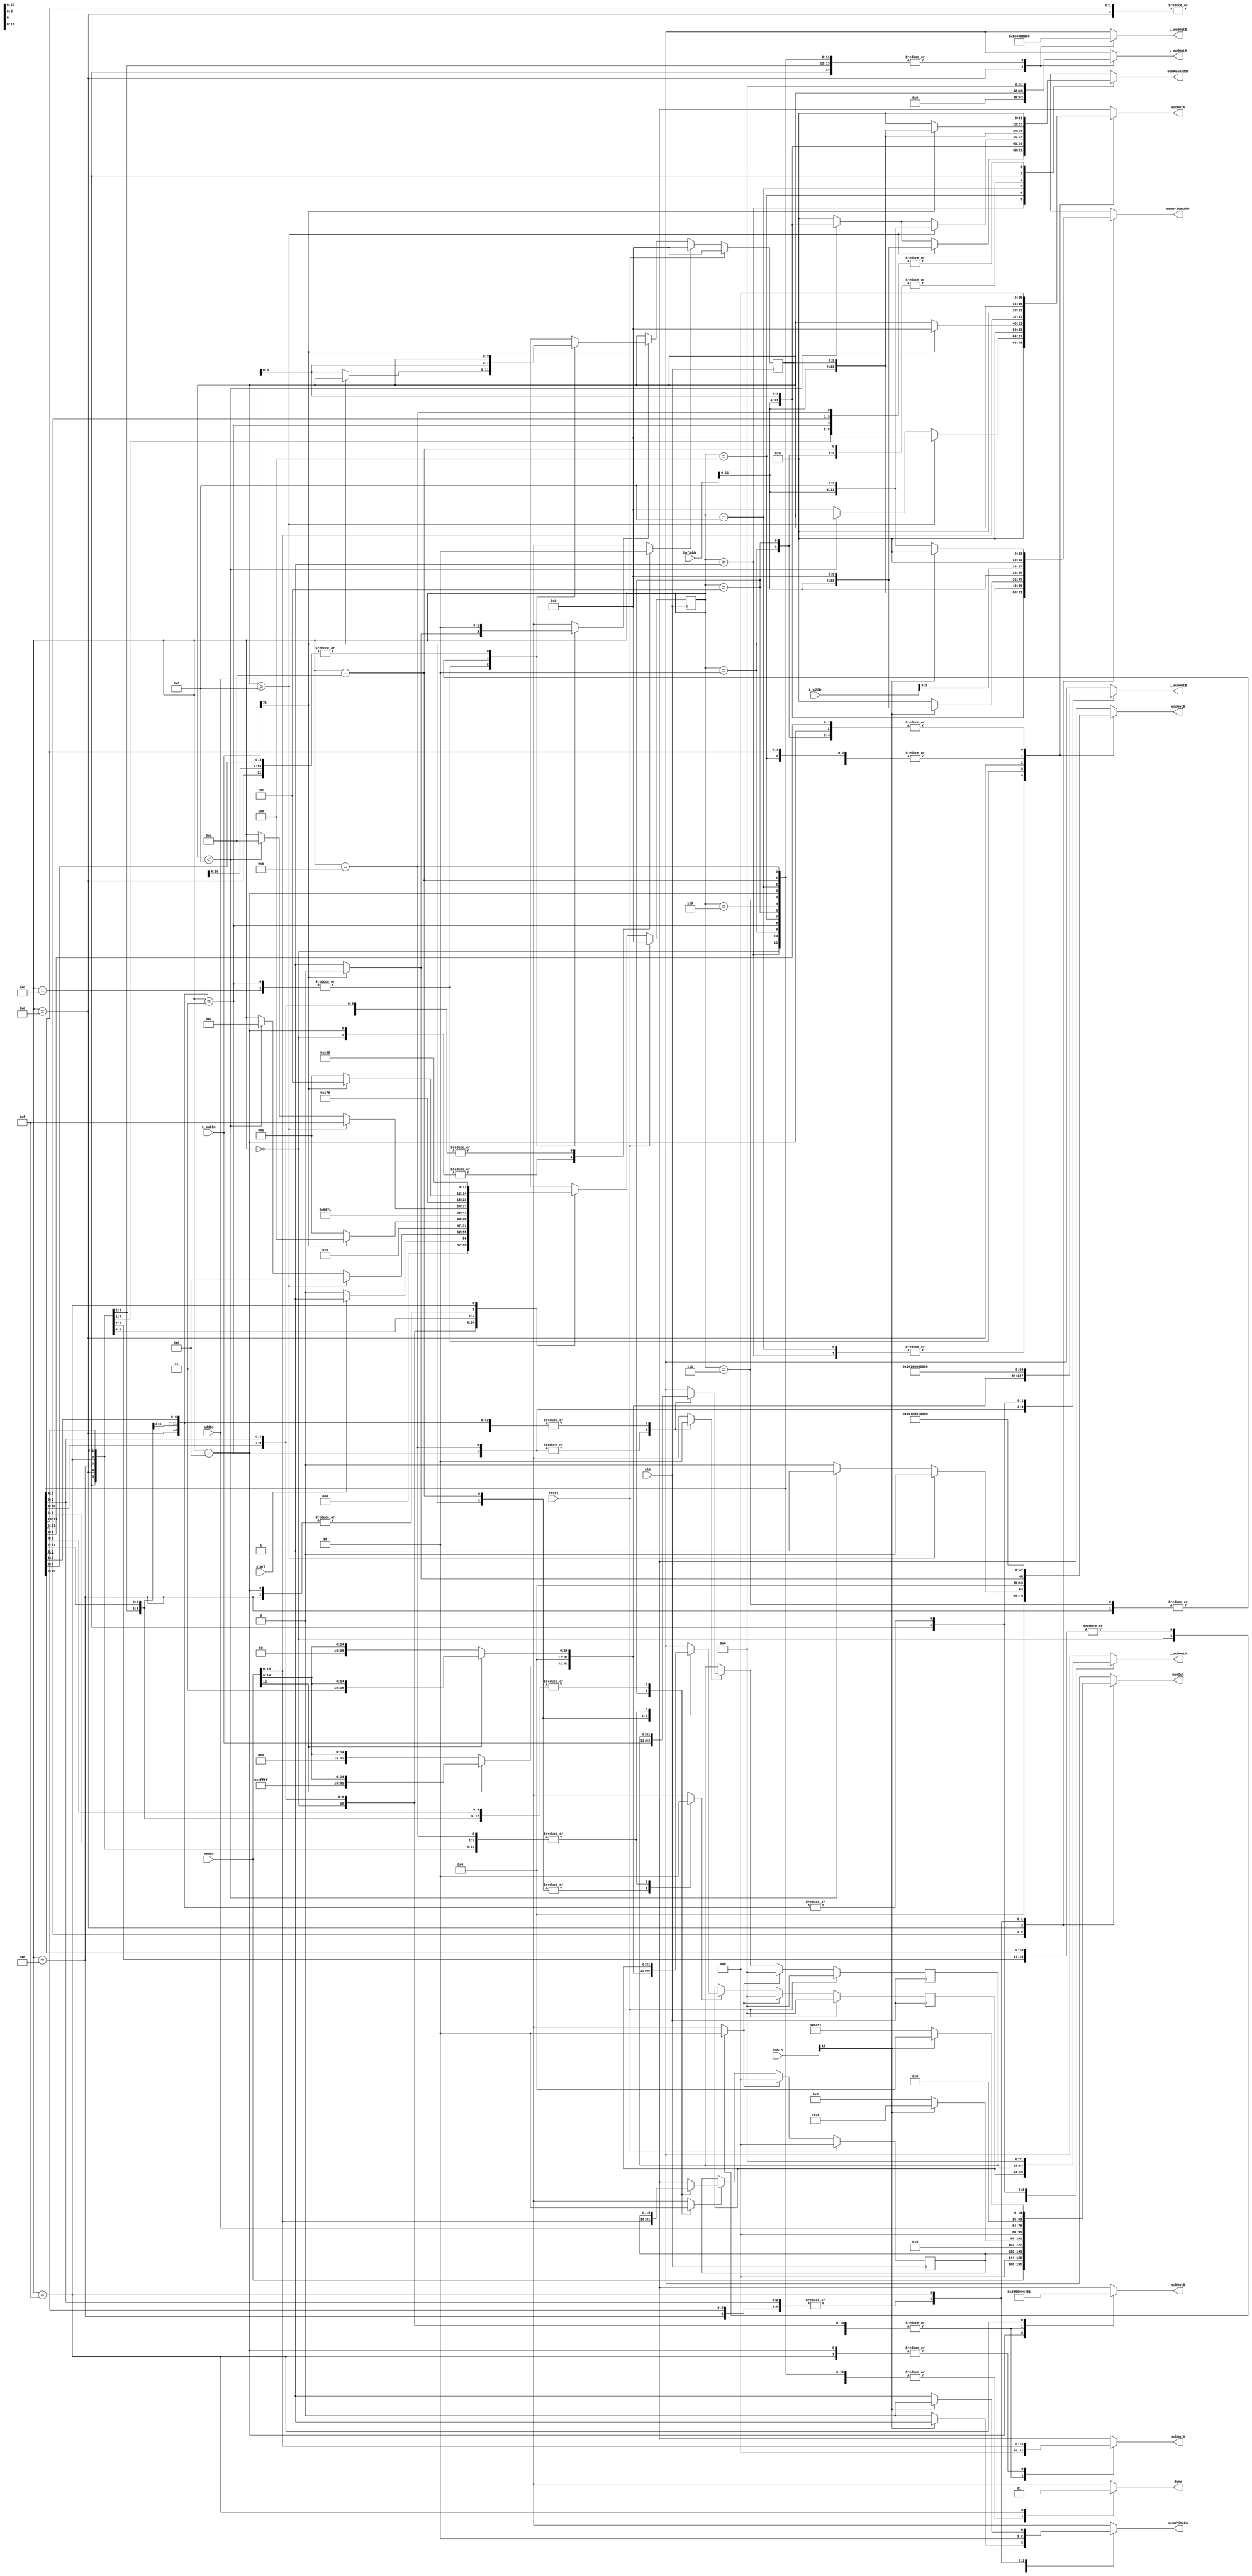
`timescale 1ns / 1ps
//////////////////////////////////////////////////////////////////////////////////
// Mississippi State University 
// ECE 4532-4542 Senior Design
// 
// Module Name:    Lsp_stability_FSM  .v 
// Project Name: 	 ITU G.729 Hardware Implementation
// Target Devices: Virtex 5
// Tool versions:  Xilinx 9.2i
// Description: 	 This is an FSM to perform the C-model function "Lsp_stability".
// 
// Dependencies: 	 N/A
//
// Revision: 
// Revision 0.01 - File Created
// Additional Comments: 
//
//////////////////////////////////////////////////////////////////////////////////
module Lsp_stability_FSM(clk,reset,start,bufAddr,addIn,subIn,L_addIn,L_subIn,memIn,
								 addOutA,addOutB,subOutA,subOutB,L_addOutA,L_addOutB,L_subOutA,L_subOutB,
								 memReadAddr,memWriteAddr,memOut,memWriteEn,done);

//Inputs
input clk,reset,start;
input [11:0] bufAddr;
input [15:0] addIn;
input [15:0] subIn;
input [31:0] L_addIn;
input [31:0] L_subIn;
input [31:0] memIn;

//Outputs
output reg [15:0] addOutA,addOutB;
output reg [15:0] subOutA,subOutB;
output reg [31:0] L_addOutA,L_addOutB;
output reg [31:0] L_subOutA,L_subOutB;
output reg [11:0] memReadAddr;
output reg [11:0] memWriteAddr;
output reg [31:0] memOut;
output reg memWriteEn;
output reg done;

//temp regs
reg [3:0] state, nextstate;
reg [3:0] j,nextj;
reg jLD,jReset;
reg [15:0] temp, nexttemp;
reg tempLD,tempReset;
reg [31:0] L_diff,nextL_diff;
reg L_diffLD,L_diffReset;
reg [31:0] L_acc,nextL_acc;
reg L_accLD,L_accReset;
reg [31:0] L_accB,nextL_accB;
reg L_accBLD,L_accBReset;

//state parameters
parameter INIT = 4'd0;
parameter FOR_LOOP1 = 4'd1;
parameter FOR_LOOP1_BODY1 = 4'd2;
parameter FOR_LOOP1_BODY2 = 4'd3;
parameter FOR_LOOP1_BODY3 = 4'd4;
parameter FOR_LOOP1_BODY4 = 4'd5;
parameter FOR_LOOP1_BODY5 = 4'd6;
parameter FOR_LOOP1_BODY6 = 4'd7;
parameter STABILITY_LOW = 4'd8;
parameter FOR_LOOP2 = 4'd9;
parameter FOR_LOOP2_BODY1 = 4'd10;
parameter FOR_LOOP2_BODY2 = 4'd11;
parameter FOR_LOOP2_BODY3 = 4'd12;
parameter FOR_LOOP2_BODY4 = 4'd13;
parameter FOR_LOOP2_BODY5 = 4'd14;
parameter STABILITY_HIGH = 4'd15;

//Flip flops
//state flip flop
always @(posedge clk)
begin
	if(reset)
		state <= INIT;
	else
		state <= nextstate;
end

//j flip flop
always @(posedge clk)
begin
	if(reset)
		j <= 0;
	else if(jReset)
		j <= 0;
	else if(jLD)
		j <= nextj;	
end

//temp flip flop
always @(posedge clk)
begin
	if(reset)
		temp <= 0;
	else if(tempReset)
		temp <= 0;
	else if(tempLD)
		temp <= nexttemp;	
end

//L_diff flip flop
always @(posedge clk)
begin
	if(reset)
		L_diff <= 0;
	else if(L_diffReset)
		L_diff <= 0;
	else if(L_diffLD)
		L_diff <= nextL_diff;	
end

//L_acc flip flop
always @(posedge clk)
begin
	if(reset)
		L_acc <= 0;
	else if(L_accReset)
		L_acc <= 0;
	else if(L_accLD)
		L_acc <= nextL_acc;	
end

//L_accB flip flop
always @(posedge clk)
begin
	if(reset)
		L_accB <= 0;
	else if(L_accBReset)
		L_accB <= 0;
	else if(L_accBLD)
		L_accB <= nextL_accB;	
end

always @(*)
begin
	nextstate = state;
	nextj = j;
	nexttemp = temp;
	nextL_diff = L_diff;
	nextL_acc = L_acc;
	nextL_accB = L_accB;
	jLD = 0;
	tempLD = 0;
	L_diffLD = 0;
	L_accLD = 0;
	L_accBLD = 0;
	jReset = 0;
	tempReset = 0;
	L_diffReset = 0;
	L_accReset = 0;
	L_accBReset = 0;
	addOutA = 0;
	addOutB = 0;
	subOutA = 0;
	subOutB = 0;
	L_addOutA = 0;
	L_addOutB = 0;
	L_subOutA = 0;
	L_subOutB = 0;
	memReadAddr = 0;
	memWriteAddr = 0;
	memOut = 0;
	memWriteEn = 0;
	done = 0;
	
	case(state)
		INIT:		//state 0
		begin
			jReset = 1;
			tempReset = 1;
			L_diffReset = 1;
			L_accReset = 1;
			L_accBReset = 1;
			if(start == 0)
				nextstate = INIT;
			else if(start == 1)
				nextstate = FOR_LOOP1;
		end//INIT
		
		// for(j=0; j<M-1; j++) {
		FOR_LOOP1:	//state 1
		begin
			if(j>=9)
			begin
				nextstate = STABILITY_LOW;
				memReadAddr = {bufAddr[11:4],4'd0};
			end
			else if(j<9)
			begin
				addOutA = {12'd0,j[3:0]};
				addOutB = 16'd1;
				memReadAddr = {bufAddr[11:4],addIn[3:0]};
				nextstate = FOR_LOOP1_BODY1;
			end
		end//FOR_LOOP1
		
		//L_acc = L_deposit_l( buf[j+1] );
		FOR_LOOP1_BODY1:	//state 2
		begin
			if(memIn[15] == 1)
				nextL_acc = {16'hffff,memIn[15:0]};
			else if(memIn[15] == 0)
				nextL_acc = {16'd0,memIn[15:0]};
			L_accLD = 1;
			memReadAddr = {bufAddr[11:4],j[3:0]};
			nextstate = FOR_LOOP1_BODY2;
		end//FOR_LOOP1_BODY1
		
		/*L_accb = L_deposit_l( buf[j] );
		  L_diff = L_sub( L_acc, L_accb );
        if( L_diff < 0L ) {
		*/
		FOR_LOOP1_BODY2:		//state 3
		begin
			if(memIn[15] == 1)
				nextL_accB = {16'hffff,memIn[15:0]};
			else if(memIn[15] == 0)
				nextL_accB = {16'd0,memIn[15:0]};
			L_accBLD = 1;
			L_subOutA = L_acc;
			L_subOutB = nextL_accB;
			nextL_diff = L_subIn;
			L_diffLD = 1;
			if(nextL_diff[31] == 1)
				nextstate = FOR_LOOP1_BODY3;
			else
			begin
				addOutA = {12'd0,j[3:0]};
				addOutB = 16'd1;
				nextj = addIn[3:0];
				jLD = 1;
				nextstate = FOR_LOOP1;
			end
		end//FOR_LOOP1_BODY2
		
		//next two states perform  
		//tmp = buf[j+1];
		FOR_LOOP1_BODY3:		//state 4
		begin
			addOutA = {12'd0,j[3:0]};
			addOutB = 16'd1;
			memReadAddr = {bufAddr[11:4],addIn[3:0]};
			nextstate = FOR_LOOP1_BODY4;
		end//FOR_LOOP1_BODY3
		
		FOR_LOOP1_BODY4:		//state 5
		begin
			nexttemp = memIn;
			tempLD = 1;
			memReadAddr = {bufAddr[11:4],j[3:0]};
			nextstate = FOR_LOOP1_BODY5;
		end//FOR_LOOP1_BODY4
		
		//buf[j+1] = buf[j];
		FOR_LOOP1_BODY5:		//state 6
		begin
			addOutA = {12'd0,j[3:0]};
			addOutB = 16'd1;
			memWriteAddr = {bufAddr[11:4],addIn[3:0]};
			memOut = memIn;
			memWriteEn = 1;
			nextstate = FOR_LOOP1_BODY6;
		end//FOR_LOOP1_BODY5
		
		//buf[j] = tmp;
		FOR_LOOP1_BODY6:		//state 7
		begin
			memWriteAddr = {bufAddr[11:4],j[3:0]};
			memOut = temp;
			memWriteEn = 1;
			addOutA = {12'd0,j[3:0]};
			addOutB = 16'd1;
			nextj = addIn[3:0];
			jLD = 1;
			nextstate = FOR_LOOP1;
		end//FOR_LOOP1_BODY6
		
		/*if( sub(buf[0], L_LIMIT) <0 ) {
		  buf[0] = L_LIMIT;*/
		STABILITY_LOW:		//state 8
		begin
			subOutA = memIn[15:0];
			subOutB = 16'd40;
			if(subIn[15] == 1)
			begin
				memWriteAddr = {bufAddr[11:4],4'd0};
				memOut = 31'd40;
				memWriteEn = 1;
			end
			jReset = 1;
			nextstate = FOR_LOOP2;
		end//STABILITY_LOW
		
		// for(j=0; j<M-1; j++) {
		FOR_LOOP2:	//state 9
		begin
			if(j>=9)
			begin
				nextstate = STABILITY_HIGH;
				memReadAddr = {bufAddr[11:4],4'd9};
			end
			else if(j<9)
			begin
				addOutA = {12'd0,j[3:0]};
				addOutB = 16'd1;
				memReadAddr = {bufAddr[11:4],addIn[3:0]};
				nextstate = FOR_LOOP2_BODY1;
			end
		end//FOR_LOOP2
		
		//L_acc = L_deposit_l( buf[j+1] );
		FOR_LOOP2_BODY1:	//state 10
		begin
			if(memIn[15] == 1)
				nextL_acc = {16'd1,memIn[15:0]};
			else if(memIn[15] == 0)
				nextL_acc = {16'd0,memIn[15:0]};
			L_accLD = 1;
			memReadAddr = {bufAddr[11:4],j[3:0]};
			nextstate = FOR_LOOP2_BODY2;
		end//FOR_LOOP2_BODY1
		
		/*L_accb = L_deposit_l( buf[j] );
		  L_diff = L_sub( L_acc, L_accb );
        if( L_sub(L_diff, GAP3)<0L ) {
		*/
		FOR_LOOP2_BODY2:		//state 11
		begin
			if(memIn[15] == 1)
				nextL_accB = {16'd1,memIn[15:0]};
			else if(memIn[15] == 0)
				nextL_accB = {16'd0,memIn[15:0]};
			L_accBLD = 1;
			L_subOutA = L_acc;
			L_subOutB = nextL_accB;
			nextL_diff = L_subIn;
			L_diffLD = 1;			
			nextstate = FOR_LOOP2_BODY3;
		end//FOR_LOOP2_BODY2
		
		//if( L_sub(L_diff, GAP3)<0L )
		FOR_LOOP2_BODY3:		//state 12
		begin
			L_subOutA = L_diff;
			L_subOutB = 32'd321;
			if(L_subIn[31] == 1)
			begin
				memReadAddr = {bufAddr[11:4],j[3:0]};
				nextstate = FOR_LOOP2_BODY4;
			end
			else
			begin
			addOutA = {12'd0,j[3:0]};
			addOutB = 16'd1;
			nextj = addIn[3:0];
			jLD = 1;
			nextstate = FOR_LOOP2;
			end
		end//FOR_LOOP2_BODY3:
		
		//buf[j+1] = add( buf[j], GAP3 );
		FOR_LOOP2_BODY4:		//state 13
		begin
			addOutA = memIn[15:0];
			addOutB = 16'd321;
			memOut = {16'd0,addIn[15:0]};
			L_addOutA = {27'd0,j[3:0]};
			L_addOutB = 32'd1;
			memWriteAddr = {bufAddr[11:4],L_addIn[3:0]};
			memWriteEn = 1;
			nextstate  = FOR_LOOP2_BODY5;
		end//FOR_LOOP2_BODY4
		
		//j++
		FOR_LOOP2_BODY5:		//state 14
		begin
			addOutA = {12'd0,j[3:0]};
			addOutB = 16'd1;
			nextj = addIn[3:0];
			jLD = 1;
			nextstate = FOR_LOOP2;
		end//FOR_LOOP2_BODY5
		
		/*if( sub(buf[M-1],M_LIMIT)>0 ) {
       buf[M-1] = M_LIMIT;*/
		STABILITY_HIGH:		//state 15
		begin
			subOutA = memIn[15:0];
			subOutB = 16'd25681;
			if(subIn[15] == 0)
			begin
				memWriteAddr = {bufAddr[11:4],4'd9};
				memOut = 32'd25681;
				memWriteEn = 1;
			end
			done = 1;
			nextstate = INIT;
		end//STABILITY_HIGH
	endcase
end//always

endmodule